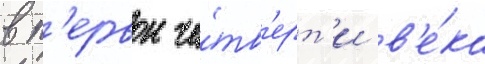
в п'ервои че́тв'ерт'и в'е́ка